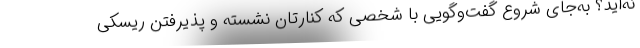
نه‌اید؟ به‌جای شروع گفت‌وگویی با شخصی که کنارتان نشسته و پذیرفتن ریسکی